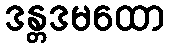
ဒန္တဒမထော